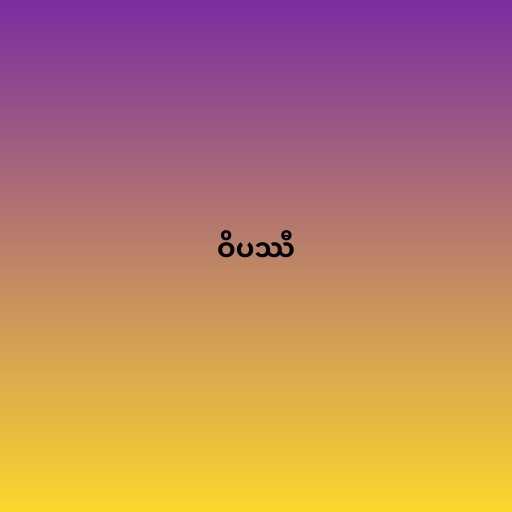
ဝိပဿီ